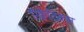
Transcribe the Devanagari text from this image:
ऍक्वेटिक्स